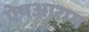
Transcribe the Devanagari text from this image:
ऐषआराम